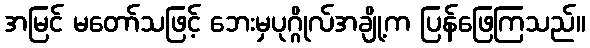
အမြင် မတော်သဖြင့် ဘေးမှပုဂ္ဂိုလ်အချို့က ပြန်ဖြေကြသည်။